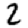
Digit: 2